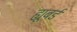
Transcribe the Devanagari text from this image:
ह्यूबर्ड